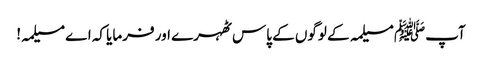
آپﷺ مسیلمہ کے لوگوں کے پاس ٹھہرے اور فرمایا کہ اے مسیلمہ!